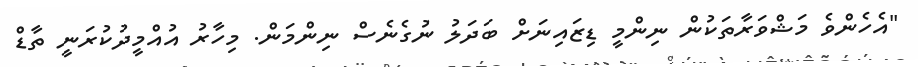
"އެހެންވެ މަޝްވަރާތަކުން ނިންމީ ޑިޒައިނަށް ބަދަލު ނުގެނެސް ނިންމަން. މިހާރު އުއްމީދުކުރަނީ ތާޑް